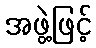
အဖွဲ့ဖြင့်